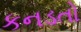
કનડતો